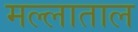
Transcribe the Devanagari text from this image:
मल्लाताल